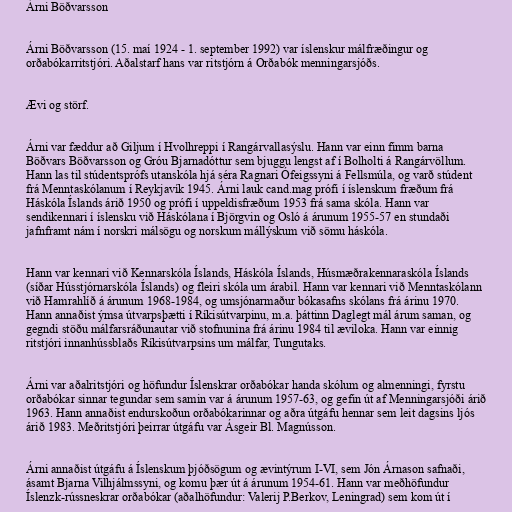
Árni Böðvarsson

Árni Böðvarsson (15. maí 1924 - 1. september 1992) var íslenskur málfræðingur og
orðabókarritstjóri. Aðalstarf hans var ritstjórn á Orðabók menningarsjóðs.

Ævi og störf.

Árni var fæddur að Giljum í Hvolhreppi í Rangárvallasýslu. Hann var einn fimm barna
Böðvars Böðvarsson og Gróu Bjarnadóttur sem bjuggu lengst af í Bolholti á Rangárvöllum.
Hann las til stúdentsprófs utanskóla hjá séra Ragnari Ófeigssyni á Fellsmúla, og varð stúdent
frá Menntaskólanum í Reykjavík 1945. Árni lauk cand.mag prófi í íslenskum fræðum frá
Háskóla Íslands árið 1950 og prófi í uppeldisfræðum 1953 frá sama skóla. Hann var
sendikennari í íslensku við Háskólana í Björgvin og Osló á árunum 1955-57 en stundaði
jafnframt nám í norskri málsögu og norskum mállýskum við sömu háskóla.

Hann var kennari við Kennarskóla Íslands, Háskóla Íslands, Húsmæðrakennaraskóla Íslands
(síðar Hússtjórnarskóla Íslands) og fleiri skóla um árabil. Hann var kennari við Menntaskólann
við Hamrahlíð á árunum 1968-1984, og umsjónarmaður bókasafns skólans frá árinu 1970.
Hann annaðist ýmsa útvarpsþætti í Ríkisútvarpinu, m.a. þáttinn Daglegt mál árum saman, og
gegndi stöðu málfarsráðunautar við stofnunina frá árinu 1984 til æviloka. Hann var einnig
ritstjóri innanhússblaðs Ríkisútvarpsins um málfar, Tungutaks.

Árni var aðalritstjóri og höfundur Íslenskrar orðabókar handa skólum og almenningi, fyrstu
orðabókar sinnar tegundar sem samin var á árunum 1957-63, og gefin út af Menningarsjóði árið
1963. Hann annaðist endurskoðun orðabókarinnar og aðra útgáfu hennar sem leit dagsins ljós
árið 1983. Meðritstjóri þeirrar útgáfu var Ásgeir Bl. Magnússon.

Árni annaðist útgáfu á Íslenskum þjóðsögum og ævintýrum I-VI, sem Jón Árnason safnaði,
ásamt Bjarna Vilhjálmssyni, og komu þær út á árunum 1954-61. Hann var meðhöfundur
Íslenzk-rússneskrar orðabókar (aðalhöfundur: Valerij P.Berkov, Leningrad) sem kom út í